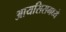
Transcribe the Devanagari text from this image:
आयसिसमध्ये